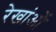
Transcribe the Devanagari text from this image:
रेखांओं